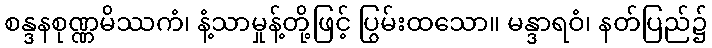
စန္ဒနစုဏ္ဏမိဿကံ၊ နံ့သာမှုန့်တို့ဖြင့် ပြွမ်းထသော။ မန္ဒာရဝံ၊ နတ်ပြည်၌